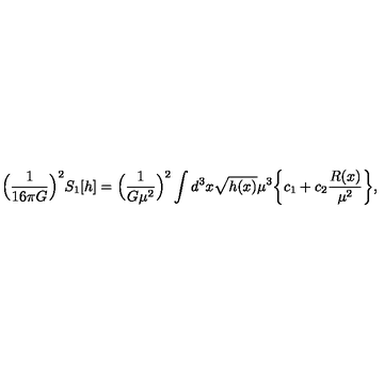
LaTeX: \Bigl ( \frac { 1 } { 1 6 \pi G } \Bigr ) ^ { 2 } S _ { 1 } [ h ] = \Bigl ( \frac { 1 } { G \mu ^ { 2 } } \Bigr ) ^ { 2 } \int d ^ { 3 } x \sqrt { h ( x ) } \mu ^ { 3 } \biggl \{ c _ { 1 } + c _ { 2 } \frac { R ( x ) } { \mu ^ { 2 } } \biggr \} ,